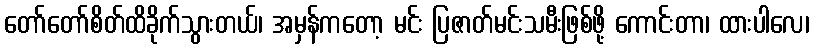
တော်တော်စိတ်ထိခိုက်သွားတယ်၊ အမှန်ကတော့ မင်း ပြဇာတ်မင်းသမီးဖြစ်ဖို့ ကောင်းတာ၊ ထားပါလေ၊